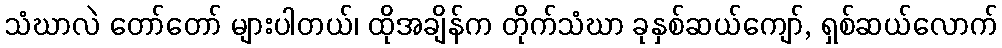
သံဃာလဲ တော်တော် များပါတယ်၊ ထိုအချိန်က တိုက်သံဃာ ခုနှစ်ဆယ်ကျော်, ရှစ်ဆယ်လောက်